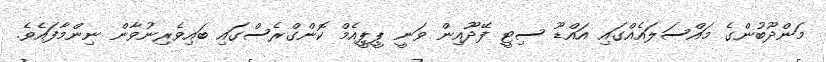
މަންދޫބުންގެ މައްސަލައެއްގައި އައްޑޫ ސިޓީ ފޭދޫއިން ވަނީ ޕީޕީއެމް ކޮންގްރެސްގައި ބައިވެރިނުވާން ނިންމާފައެވެ.